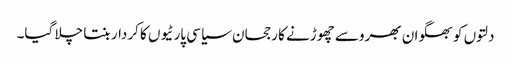
دلتوں کو بھگوان بھروسے چھوڑنے کا رجحان سیاسی پارٹیوں کا کردار بنتا چلا گیا۔